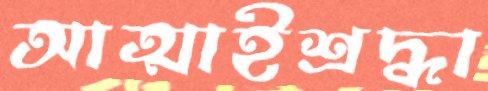
আত্মাইশ্রদ্ধা